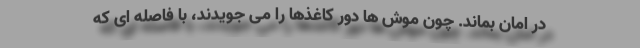
در امان بماند. چون موش ها دور کاغذها را می جویدند، با فاصله ای که